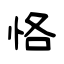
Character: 恪